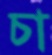
চা